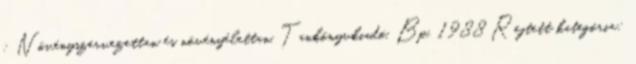
: Növényszervezettan és növényélettan, Tankönyvkiadó, Bp., 1988 Rejtett kategória: